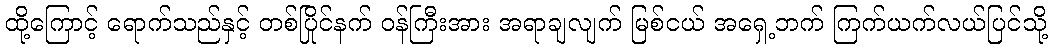
ထို့ကြောင့် ရောက်သည်နှင့် တစ်ပြိုင်နက် ဝန်ကြီးအား အရာချလျက် မြစ်ငယ် အရှေ့ဘက် ကြက်ယက်လယ်ပြင်သို့